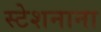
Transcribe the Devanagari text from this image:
स्टेशनाना